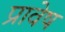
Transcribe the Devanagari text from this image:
प्रावेष